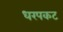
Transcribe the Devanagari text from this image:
धरपकट